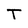
Character: T